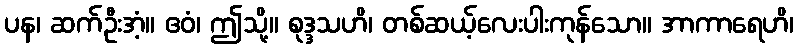
ပန၊ ဆက်ဦးအံ့။ ဧဝံ၊ ဤသို့။ စုဒ္ဒသဟိ၊ တစ်ဆယ့်လေးပါးကုန်သော။ အာကာရေဟိ၊